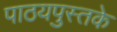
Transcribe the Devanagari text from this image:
पाठयपुस्तके